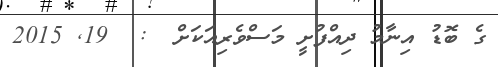
ގެ ބޮޑު އިނާމު ދިއްފުށީ މަސްވެރިއަކަށް  :  19